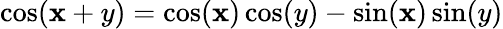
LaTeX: \cos(\mathbf{x}+y)=\cos(\mathbf{x})\cos(y)-\sin(\mathbf{x})\sin(y)